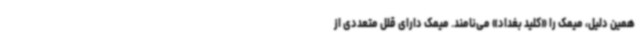
همین دلیل، میمک را «کلید بغداد» می‌نامند. میمک دارای قلل متعددی از